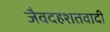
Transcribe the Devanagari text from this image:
जैवदहशतवादी